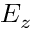
E _ { z }